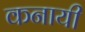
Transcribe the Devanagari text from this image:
कनायी